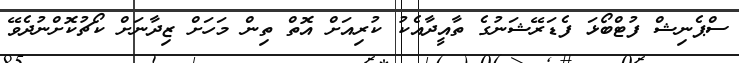
ސްޕެނިޝް ފުޓްބޯޅަ ފެޑަރޭޝަނުގެ ތާއީދާއެކު ކުރިއަށް އޮތް ތިން މަހަށް ޒިދާނަށް ކޯޗުކޮށްނުދެވޭ